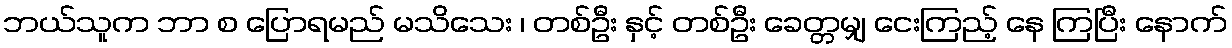
ဘယ်သူက ဘာ စ ပြောရမည် မသိသေး ၊ တစ်ဦး နှင့် တစ်ဦး ခေတ္တမျှ ငေးကြည့် နေ ကြပြီး နောက်